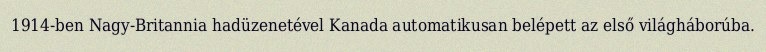
1914-ben Nagy-Britannia hadüzenetével Kanada automatikusan belépett az első világháborúba.